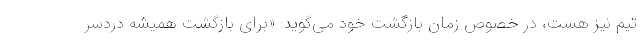
تیم نیز هست، در خصوص زمان بازگشت خود می‌گوید: «برای بازگشت همیشه دردسر